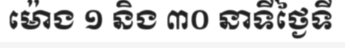
ម៉ោង ១ និង ៣០ នាទីថ្ងៃទី